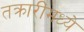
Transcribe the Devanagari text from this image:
तक्रारींमध्ये